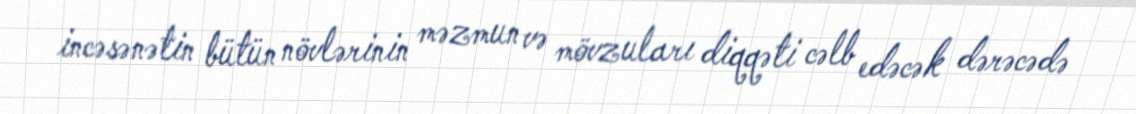
incəsənətin bütün növlərinin məzmun və mövzuları diqqəti cəlb edəcək dərəcədə